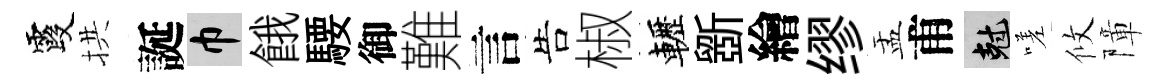
霞拱誕巾餓騕御難言告椒轣斵繪缪盂甫剋嗟攸障